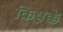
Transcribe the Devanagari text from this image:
किष़क्के